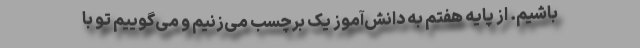
باشیم. از پایه هفتم به دانش‌آموز یک برچسب می‌زنیم و می‌گوییم تو با